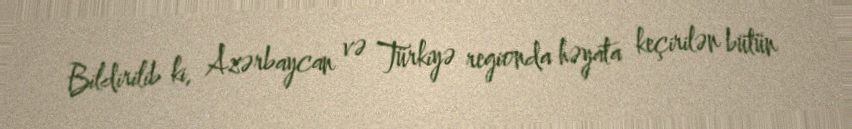
Bildirilib ki, Azərbaycan və Türkiyə regionda həyata keçirilən bütün